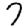
Digit: 7